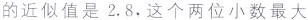
的近似值是2.8，这个两位小数最大